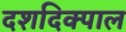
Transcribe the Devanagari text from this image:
दशदिक्पाल